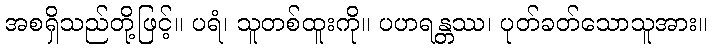
အစရှိသည်တို့ဖြင့်။ ပရံ၊ သူတစ်ထူးကို။ ပဟရန္တဿ၊ ပုတ်ခတ်သောသူအား။